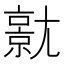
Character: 𡰗